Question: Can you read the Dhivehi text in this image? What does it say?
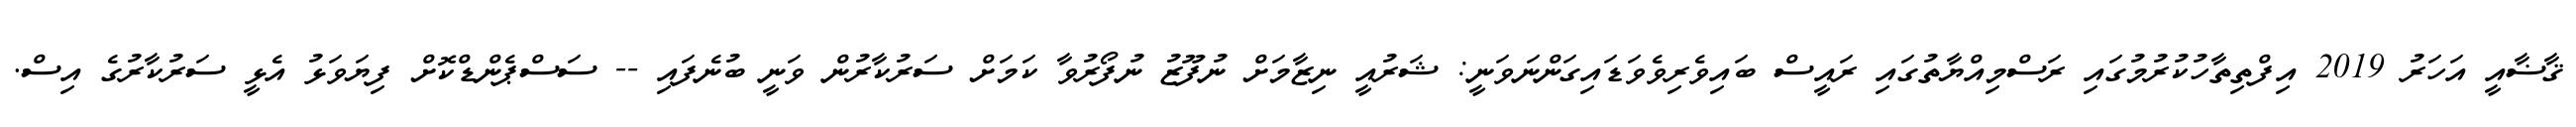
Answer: ޤާޟާއީ އަހަރު 2019 އިފްތިތާހުކުރުމުގައި ރަސްމިއްޔާތުގައި ރައީސް ބައިވެރިވެވަޑައިގަންނަވަނީ: ޝަރުއީ ނިޒާމަށް ނުފޫޒު ނުފޯރުވާ ކަމަށް ސަރުކާރުން ވަނީ ބުނެފައި -- ސަސްޕެންޑްކޮށް ފިޔަވަޅު އެޅީ ސަރުކާރުގެ އިސް.